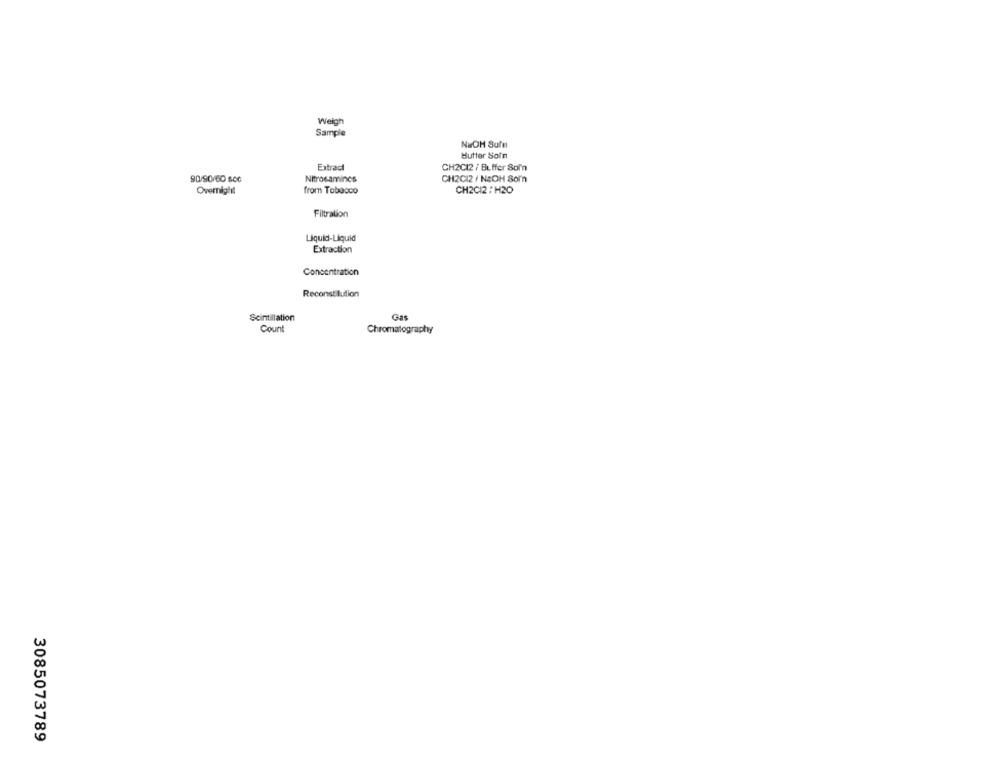
Weigh
Sample
NaOH Sufn
Butter Sofn
Extradi
CH2C12 / Buffer Sol'n
90/90/60 $60
Nitrosamincs
CH2CI2 / NEOH Som
Overnight
from Tobacco
CH2CI2 / H2O
Filtration
Liquid-Liquid
Extraction
Concentration
Reconstitution
Scintillation
Count
Chromatography
3085073789